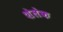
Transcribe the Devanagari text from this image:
शेलेक